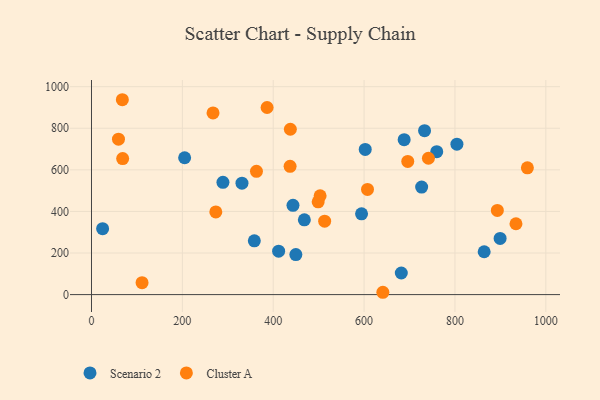
{"axis": {"x": "Distance", "y": "Demand"}, "legend": ["Cluster A", "Scenario 2"], "data": [{"x": "24.5", "y": 317.2, "type": "Scenario 2"}, {"x": "726.7", "y": 517.1, "type": "Scenario 2"}, {"x": "358.4", "y": 258.6, "type": "Scenario 2"}, {"x": "468.5", "y": 359.8, "type": "Scenario 2"}, {"x": "443.5", "y": 429.3, "type": "Scenario 2"}, {"x": "411.9", "y": 209.0, "type": "Scenario 2"}, {"x": "759.9", "y": 687.2, "type": "Scenario 2"}, {"x": "594.4", "y": 388.6, "type": "Scenario 2"}, {"x": "733.1", "y": 788.4, "type": "Scenario 2"}, {"x": "602.5", "y": 698.3, "type": "Scenario 2"}, {"x": "289.3", "y": 539.9, "type": "Scenario 2"}, {"x": "688.2", "y": 745.2, "type": "Scenario 2"}, {"x": "899.4", "y": 270.0, "type": "Scenario 2"}, {"x": "804.3", "y": 723.5, "type": "Scenario 2"}, {"x": "331.2", "y": 535.9, "type": "Scenario 2"}, {"x": "205.0", "y": 658.1, "type": "Scenario 2"}, {"x": "449.8", "y": 192.3, "type": "Scenario 2"}, {"x": "864.3", "y": 206.1, "type": "Scenario 2"}, {"x": "681.9", "y": 104.0, "type": "Scenario 2"}, {"x": "363.1", "y": 592.7, "type": "Cluster A"}, {"x": "513.2", "y": 353.0, "type": "Cluster A"}, {"x": "267.5", "y": 873.7, "type": "Cluster A"}, {"x": "437.7", "y": 795.1, "type": "Cluster A"}, {"x": "503.2", "y": 474.9, "type": "Cluster A"}, {"x": "893.3", "y": 404.9, "type": "Cluster A"}, {"x": "498.9", "y": 446.2, "type": "Cluster A"}, {"x": "59.4", "y": 747.5, "type": "Cluster A"}, {"x": "696.1", "y": 640.5, "type": "Cluster A"}, {"x": "641.3", "y": 11.2, "type": "Cluster A"}, {"x": "111.3", "y": 57.3, "type": "Cluster A"}, {"x": "607.5", "y": 505.9, "type": "Cluster A"}, {"x": "959.4", "y": 609.9, "type": "Cluster A"}, {"x": "934.3", "y": 340.8, "type": "Cluster A"}, {"x": "68.6", "y": 654.2, "type": "Cluster A"}, {"x": "273.6", "y": 397.8, "type": "Cluster A"}, {"x": "437.1", "y": 616.9, "type": "Cluster A"}, {"x": "67.9", "y": 937.2, "type": "Cluster A"}, {"x": "386.5", "y": 899.9, "type": "Cluster A"}, {"x": "741.6", "y": 655.7, "type": "Cluster A"}]}